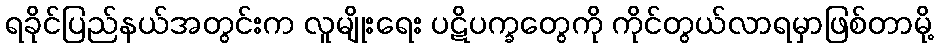
ရခိုင်ပြည်နယ်အတွင်းက လူမျိုးရေး ပဋိပက္ခတွေကို ကိုင်တွယ်လာရမှာဖြစ်တာမို့